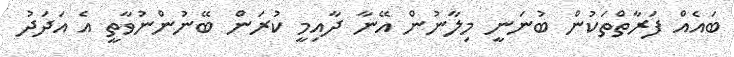
ބައެއް ފަރާތްތަކުން ބުނަނީ މިލާނުން އޭނާ ދާއިމީ ކުރަން ބޭނުންނުވާތީ އެ އަދަދު